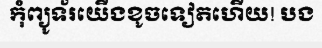
កុំព្យូទ័រយើងខូចទៀតហើយ! បង